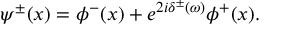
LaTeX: \psi ^ { \pm } ( x ) = \phi ^ { - } ( x ) + e ^ { 2 i \delta ^ { \pm } ( \omega ) } \phi ^ { + } ( x ) .